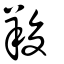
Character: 羧